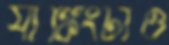
র‍্যাঙ্কিংটাও